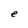
Character: e